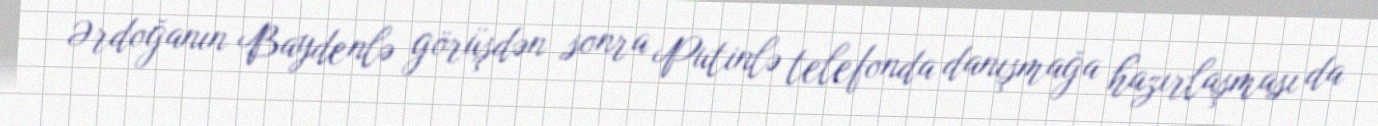
Ərdoğanın Baydenlə görüşdən sonra Putinlə telefonda danışmağa hazırlaşması da